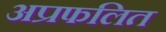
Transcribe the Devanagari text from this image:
अप्रफलित